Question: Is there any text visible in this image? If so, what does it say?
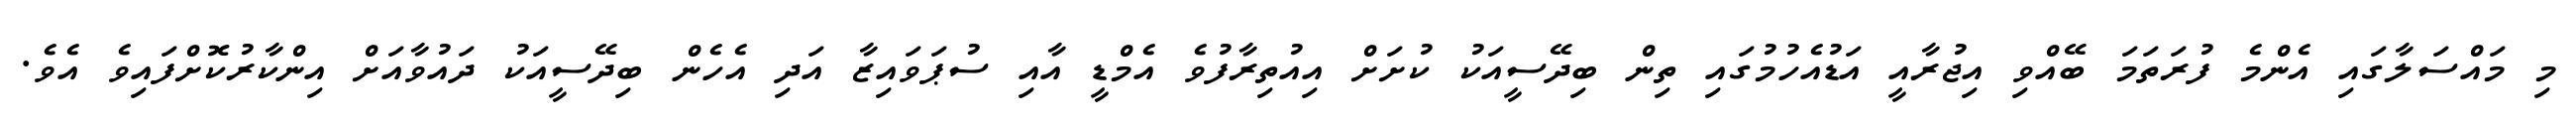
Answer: މި މައްސަލާގައި އެންމެ ފުރަތަމަ ބޭއްވި އިޖުރާއީ އަޑުއެހުމުގައި ތިން ބިދޭސީއަކު ކުށަށް އިއުތިރާފުވެ އެމްޑީ އާއި ސުޕަވައިޒާ އަދި އެހެން ބިދޭސީއަކު ދައުވާއަށް އިންކާރުކޮށްފައިވެ އެވެ.